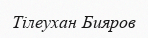
Тілеухан Бияров